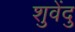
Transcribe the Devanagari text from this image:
शुवेंदु